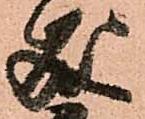
成